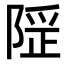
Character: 𨺾